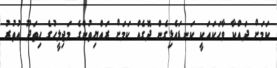
ކަމަށް ދައްކާ ވާހަކައަކީ ކަނޑައެޅިގެން ދޮގެއް ކަމަށް ރައްޔިތުންގެ މަޖިލީހުގެ ހިތަދޫ އުތުރު